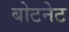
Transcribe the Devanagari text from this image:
बोटनेट